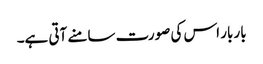
بار بار اس کی صورت سامنے آتی ہے۔